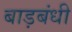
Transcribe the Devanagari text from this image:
बाड़बंधी